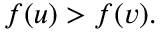
f ( u ) > f ( v ) .